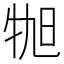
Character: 𪺬